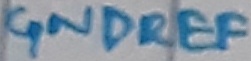
Text: L7805